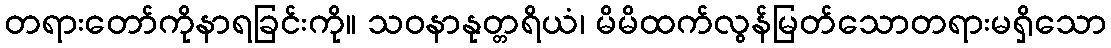
တရားတော်ကိုနာရခြင်းကို။ သဝနာနုတ္တရိယံ၊ မိမိထက်လွန်မြတ်သောတရားမရှိသော